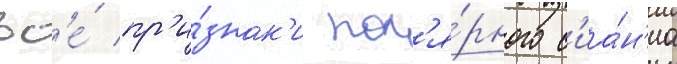
вс'е́ пр'и́знак'и пол'я́рного с'иа́н'иа